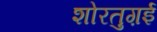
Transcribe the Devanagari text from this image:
शोरतुग़ई